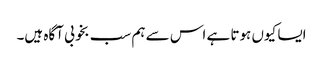
ایسا کیوں ہوتا ہے اس سے ہم سب بخوبی آگاہ ہیں۔